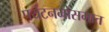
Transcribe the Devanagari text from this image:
पर्यटनमोसमात